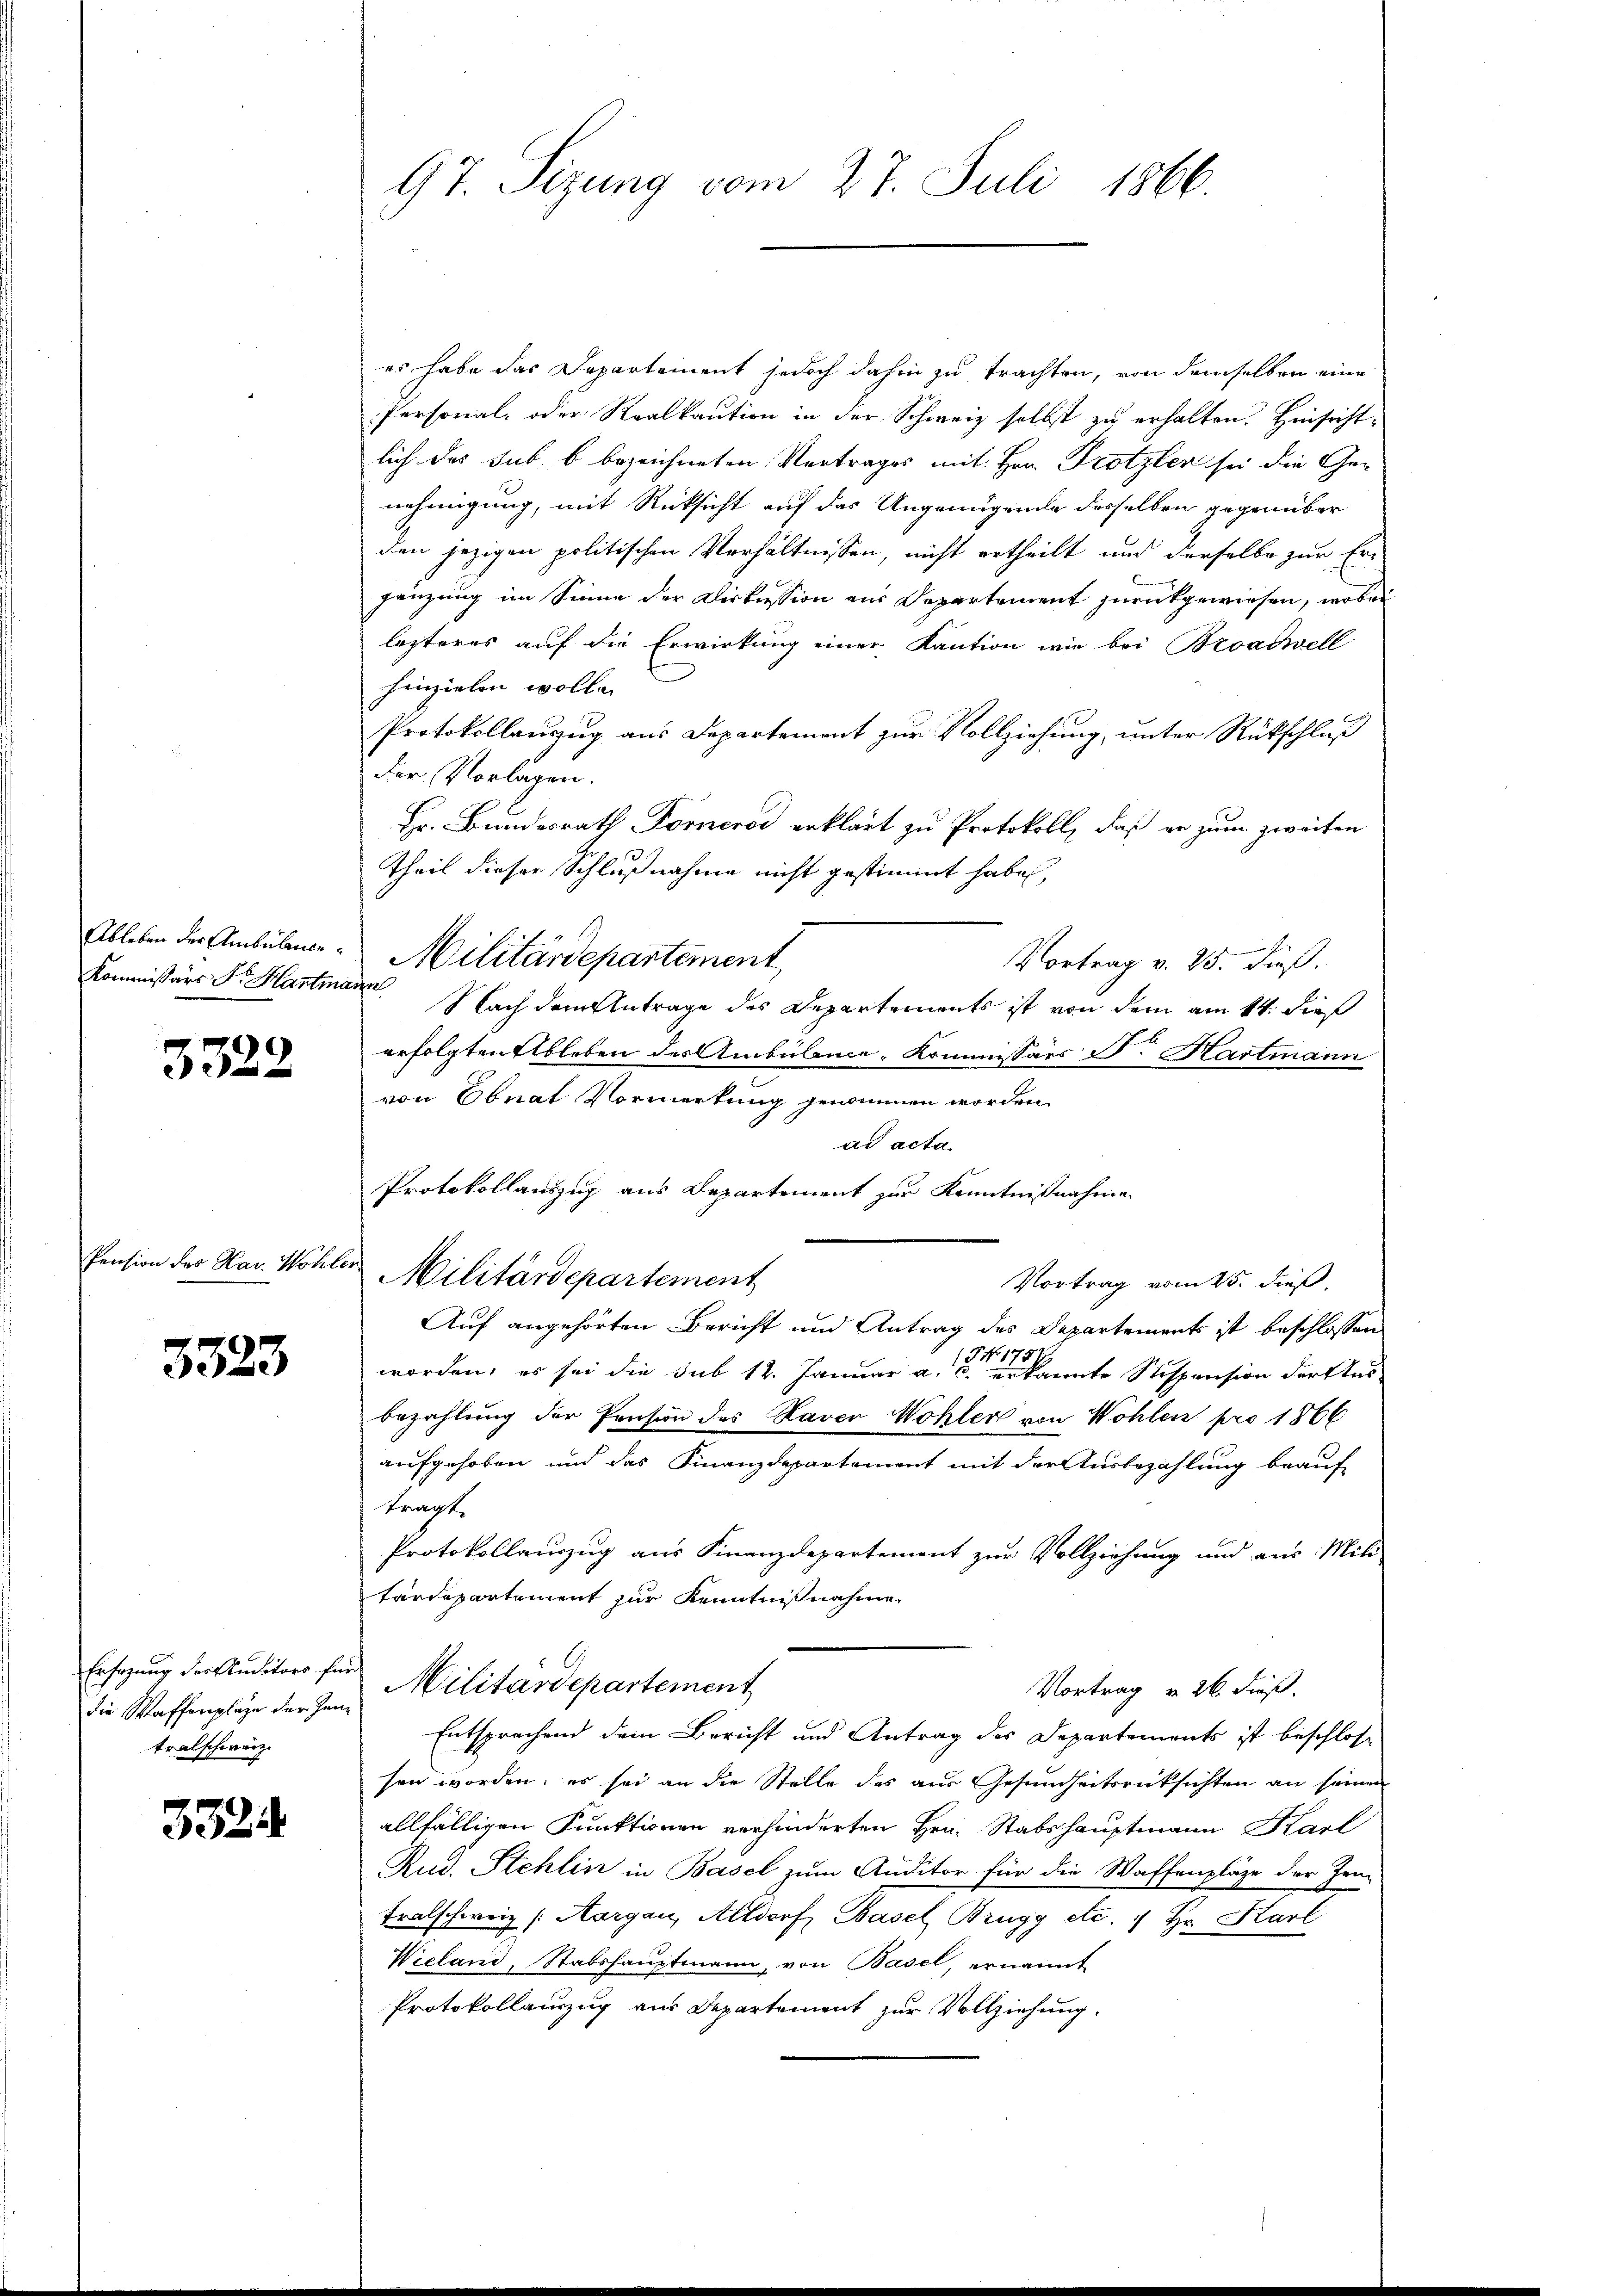
Ableben der Ambülance
Kommissärs Sr. Hartmas

3322

Pension des Nav. Wohle

3323

Ersatzung der Studitors für
die Waffenplage der Zeitralschweiz.

332

97. Sizung vom 27. Juli 1866.

es habe das Departement jedoch dahin zu trachten, von demselben eine
Personal- oder Realkaution in der Schweiz selbst zu erhalten. Hinsichtlich das sub. b bezeichneten Vertrages mit Hrn. Trotzler sei die Genehmigung, mit Rücksicht auf das Ungenügende derselben gegenüber
den jezigen politischen Verhältnissen, nicht ertheilt und derselbe zur Er-
gänzung im Sinne der Diskussion aus Departement zurückgewiesen, wobei
lezteres auf die Erwirkung einer Kaution wie bei Broaciell
Einzielen wolle.
Protokollanzug aus Departement zur Vollziehung, unter Rückschluß
der Vorlagen.
Hr. Bundesrath Forneros erklärt zu Protokoll, daß er zum zweiten
Theil dieser Schlußnahme nicht gestimmt habe,

Militärdepartement,
Vortrag v. 25. dieß.
f
Nach dem Antrage des Departements ist von dem am 14. dieß
erfolgten Ableben der Ambülance, Kommissärs N. Hartmann
von Obeat Vormerkung genommen worden.
ad acta.
Protokollauszug aus Departement zur Kenntnißnahmen
Militärdepartement
Vortrag vom 25. dieß,
Auf angehörten Bericht und Antrag des Departements ist beschlossen
worden, es sei die sub 12. Januar a. u. kannte Stispension der Ausbezahlung der Pension des Haver Wohler von Wohlen pro 1866
aufgehoben und das Finanzdepartement mit der Ausbezahlung beauf
tragt.
Protokollauszug aus Finanzdepartement zur Vollziehung und aus Mili-
tärdepartement zur Kenntnißnahme
Militärdepartement
Vortrag u. 26. dieß.
Entsprechend dem Bericht und Antrag des Departements ist beschlos
sen worden, es sei an die Stelle des aus Gesundheitsrücksichten an seinen
allfälligen Punktionen verhinderten Hrn. Stabshauptmann Karl
Rud. Stehlin in Basel zum Auditor für die Waffenpläge der Ira-
Fralschweiz (Aargau, Altdorf, Basel Brugg etc. 1. Hr. Karl
Wieland, Stabshauptmann, von Basel, ernannt
Protokollauszug aus Departement zur Vollziehung.